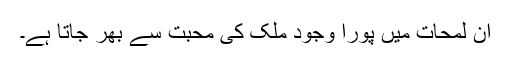
ان لمحات میں پورا وجود ملک کی محبت سے بھر جاتا ہے۔